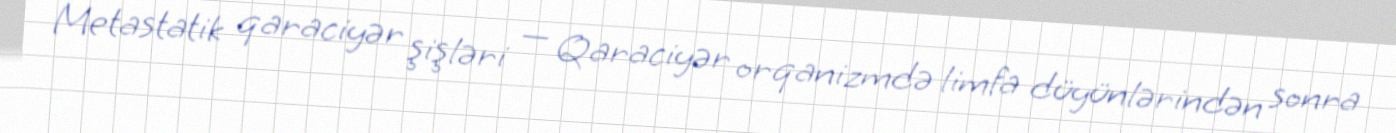
Metastatik qaraciyər şişləri — Qaraciyər orqanizmdə limfa düyünlərindən sonra